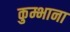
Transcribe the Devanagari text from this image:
कुम्भाना